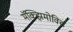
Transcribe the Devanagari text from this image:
मॅक्झिमोविच